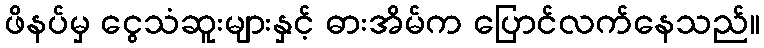
ဖိနပ်မှ ငွေသံဆူးများနှင့် ဓားအိမ်က ပြောင်လက်နေသည်။